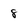
Character: 8